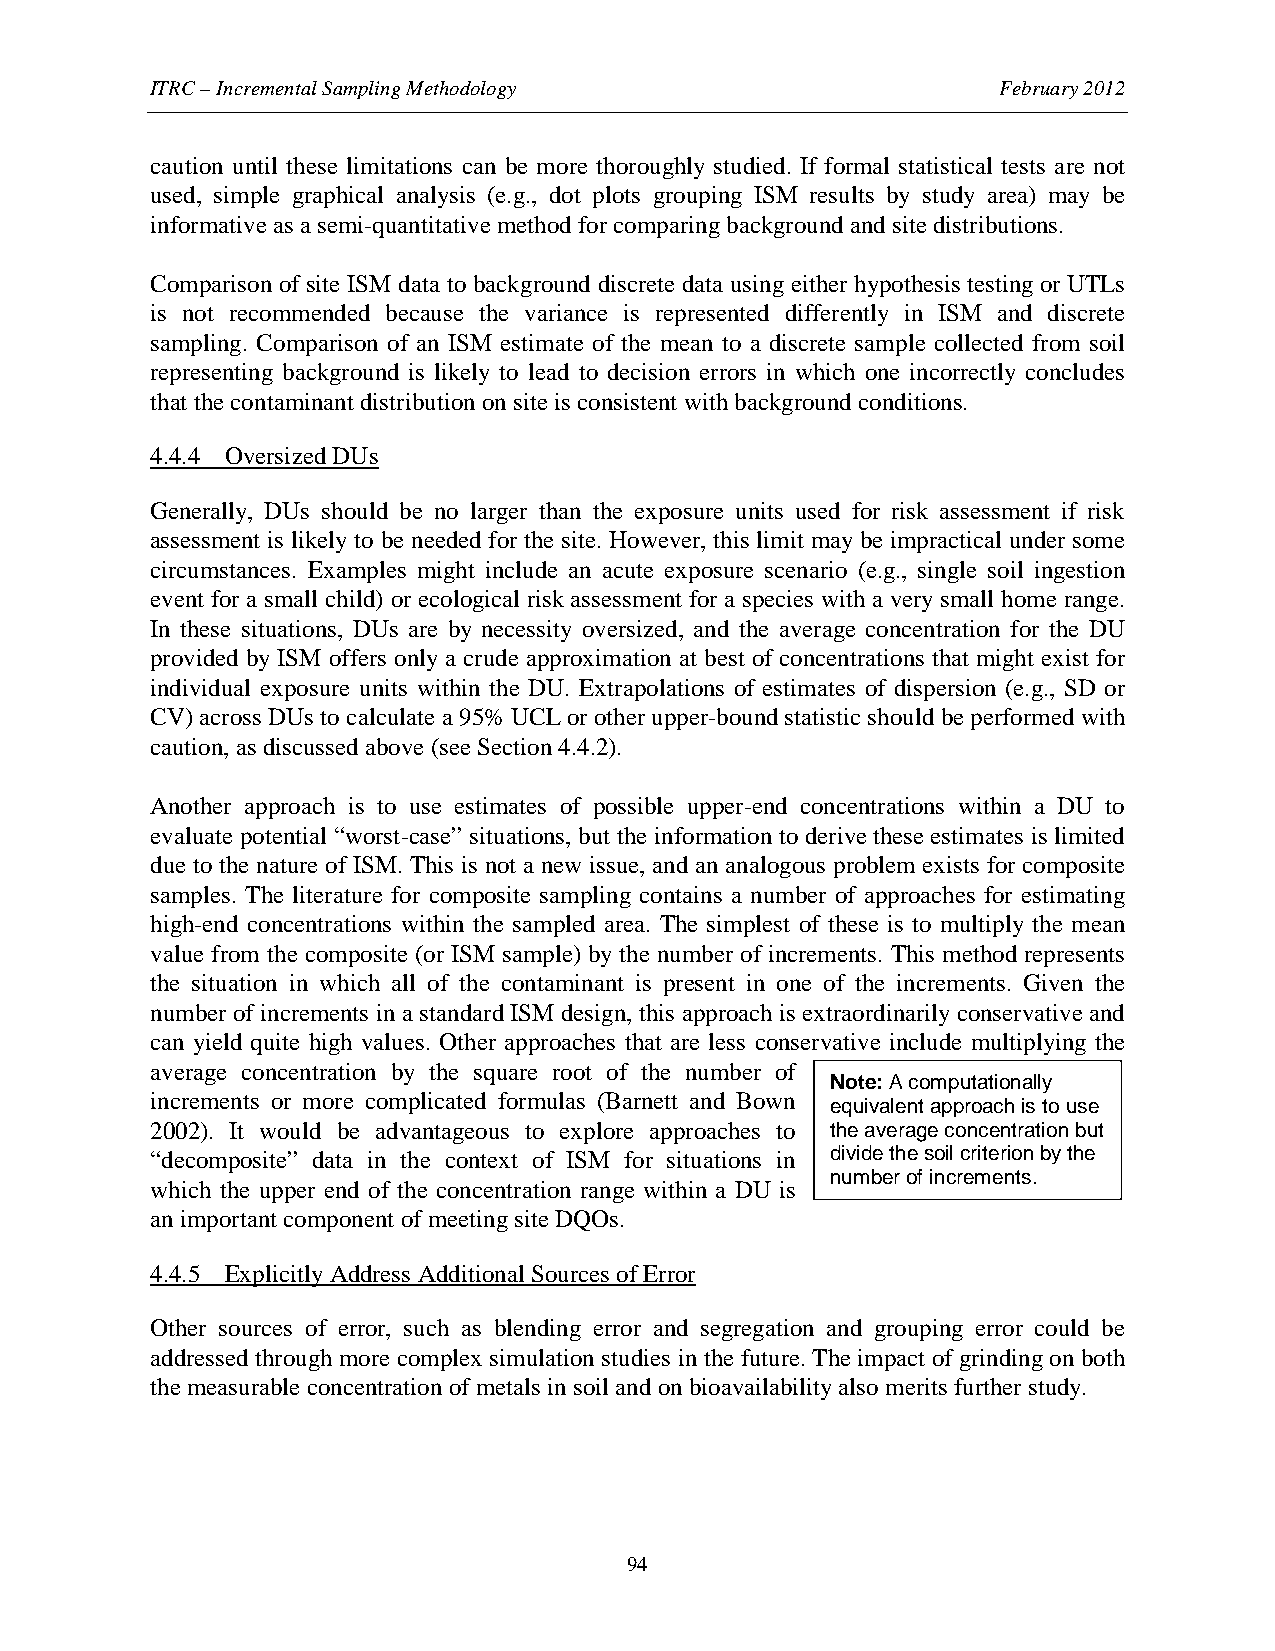
ITRC – Incremental Sampling Methodology                 February 2012
 caution until these limitations can be more thoroughly studied. If formal statistical tests are not
 used, simple graphical analysis (e.g., dot plots grouping ISM results by study area) may be
 informative as a semi-quantitative method for comparing background and site distributions.
 Comparison of site ISM data to background discrete data using either hypothesis testing or UTLs
 is not recommended because the variance is represented differently in ISM and discrete
 sampling. Comparison of an ISM estimate of the mean to a discrete sample collected from soil
 representing background is likely to lead to decision errors in which one incorrectly concludes
 that the contaminant distribution on site is consistent with background conditions.
 4.4.4 Oversized DUs
 Generally, DUs should be no larger than the exposure units used for risk assessment if risk
 assessment is likely to be needed for the site. However, this limit may be impractical under some
 circumstances. Examples might include an acute exposure scenario (e.g., single soil ingestion
 event for a small child) or ecological risk assessment for a species with a very small home range.
 In these situations, DUs are by necessity oversized, and the average concentration for the DU
 provided by ISM offers only a crude approximation at best of concentrations that might exist for
 individual exposure units within the DU. Extrapolations of estimates of dispersion (e.g., SD or
 CV) across DUs to calculate a 95% UCL or other upper-bound statistic should be performed with
 caution, as discussed above (see Section 4.4.2).
 Another approach is to use estimates of possible upper-end concentrations within a DU to
 evaluate potential “worst-case” situations, but the information to derive these estimates is limited
 due to the nature of ISM. This is not a new issue, and an analogous problem exists for composite
 samples. The literature for composite sampling contains a number of approaches for estimating
 high-end concentrations within the sampled area. The simplest of these is to multiply the mean
 value from the composite (or ISM sample) by the number of increments. This method represents
 the situation in which all of the contaminant is present in one of the increments. Given the
 number of increments in a standard ISM design, this approach is extraordinarily conservative and
 can yield quite high values. Other approaches that are less conservative include multiplying the
 average concentration by the square root of the number of
 Note: A computationally
 increments or more complicated formulas (Barnett and Bown
 equivalent approach is to use
 2002). It would be advantageous to explore approaches to the average concentration but
 “decomposite” data in the context of ISM for situations in divide the soil criterion by the
 number of increments.
 which the upper end of the concentration range within a DU is
 an important component of meeting site DQOs.
 4.4.5 Explicitly Address Additional Sources of Error
 Other sources of error, such as blending error and segregation and grouping error could be
 addressed through more complex simulation studies in the future. The impact of grinding on both
 the measurable concentration of metals in soil and on bioavailability also merits further study.
 94